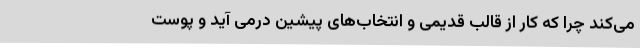
می‌کند چرا که کار از قالب قدیمی و انتخاب‌های پیشین درمی آید و پوست